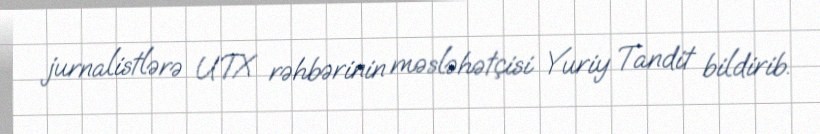
jurnalistlərə UTX rəhbərinin məsləhətçisi Yuriy Tandit bildirib.